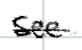
Text: see
Cross-out: single-line
Writing tool: digital_black